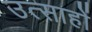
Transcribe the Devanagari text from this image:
उत्साहों